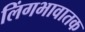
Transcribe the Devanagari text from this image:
लिंगभावातक